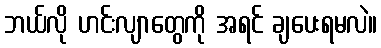
ဘယ်လို ဟင်းလျာတွေကို အရင် ချပေးရမလဲ။